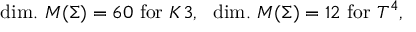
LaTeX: \mathrm { d i m . } ~ { \cal M } ( \Sigma ) = 6 0 ~ \mathrm { f o r } ~ K 3 , ~ ~ \mathrm { d i m . } ~ { \cal M } ( \Sigma ) = 1 2 ~ \mathrm { f o r } ~ T ^ { 4 } ,